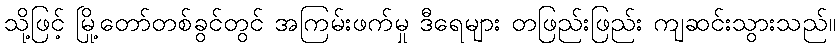
သို့ဖြင့် မြို့တော်တစ်ခွင်တွင် အကြမ်းဖက်မှု ဒီရေများ တဖြည်းဖြည်း ကျဆင်းသွားသည်။